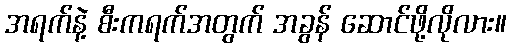
အရက်နဲ့ စီးကရက်အတွက် အခွန် ဆောင်ဖို့လိုလား။